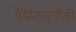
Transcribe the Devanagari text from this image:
वेदांगसूत्रौंकी